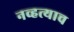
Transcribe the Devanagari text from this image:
नव्हत्याच